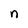
Character: n